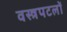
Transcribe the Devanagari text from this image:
वस्त्रपटलों